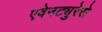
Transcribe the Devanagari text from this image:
एवेनट्युरेरो